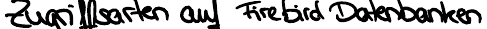
Zugriffsarten auf Firebird Datenbanken